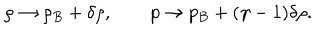
\rho \to \rho _ { B } + \delta \rho , \qquad p \to p _ { B } + ( \gamma - 1 ) \delta \rho .